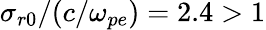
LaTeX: \sigma_{r0}/(c/\omega_{pe})=2.4>1